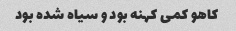
کاهو کمی کهنه بود و سیاه شده بود